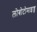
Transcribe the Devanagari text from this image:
लोबोटोमाइज्ड